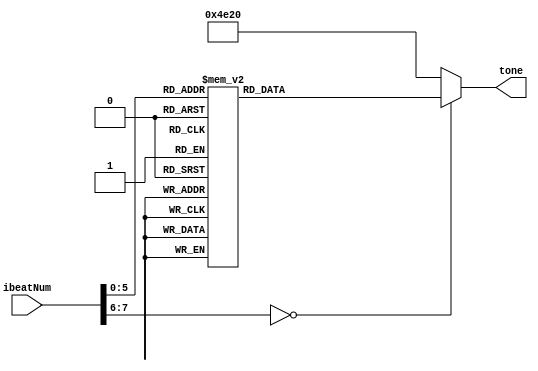

`define NM1 32'd523 //C_freq
`define NM2 32'd587 //D_freq
`define NM3 32'd659 //E_freq
`define NM4 32'd784 //G_freq
`define NM5 32'd880 //A_freq
`define NM6 32'd1046 //HC_freq
`define NM0 32'd20000 //slience (over freq.)

module Music_after (
	input [7:0] ibeatNum,	
	output reg [31:0] tone
);

always @(*) begin
	case (ibeatNum)		// 1/4 beat
		8'd0 : tone = `NM0;	//3
		8'd1 : tone = `NM6;
		8'd2 : tone = `NM6;
		8'd3 : tone = `NM6;
		8'd4 : tone = `NM6;	//1
		8'd5 : tone = `NM6;
		8'd6 : tone = `NM6;
		8'd7 : tone = `NM6;
		8'd8 : tone = `NM6;	//2
		8'd9 : tone = `NM6;
		8'd10 : tone = `NM6;
		8'd11 : tone = `NM6;
		8'd12 : tone = `NM6;	//6-
		8'd13 : tone = `NM6;
		8'd14 : tone = `NM6;
		8'd15 : tone = `NM6;
		
		8'd16 : tone = `NM5;
		8'd17 : tone = `NM5;
		8'd18 : tone = `NM5;
		8'd19 : tone = `NM5;
		8'd20 : tone = `NM5;
		8'd21 : tone = `NM5;
		8'd22 : tone = `NM5;
		8'd23 : tone = `NM5;
		8'd24 : tone = `NM5;
		8'd25 : tone = `NM5;
		8'd26 : tone = `NM5;
		8'd27 : tone = `NM5;
		8'd28 : tone = `NM5;
		8'd29 : tone = `NM5;
		8'd30 : tone = `NM5;
		8'd31 : tone = `NM5;
		
		8'd32 : tone = `NM4;
		8'd33 : tone = `NM4;
		8'd34 : tone = `NM4;
		8'd35 : tone = `NM4;
		8'd36 : tone = `NM4;
		8'd37 : tone = `NM4;
		8'd38 : tone = `NM4;
		8'd39 : tone = `NM4;
		8'd40 : tone = `NM5;
		8'd41 : tone = `NM5;
		8'd42 : tone = `NM5;
		8'd43 : tone = `NM5;
		8'd44 : tone = `NM4;
		8'd45 : tone = `NM4;
		8'd46 : tone = `NM4;
		8'd47 : tone = `NM4;
		
		8'd48 : tone = `NM2;
		8'd49 : tone = `NM2;
		8'd50 : tone = `NM2;
		8'd51 : tone = `NM2;
		8'd52 : tone = `NM3;
		8'd53 : tone = `NM3;
		8'd54 : tone = `NM2;
		8'd55 : tone = `NM2;
		8'd56 : tone = `NM1;
		8'd57 : tone = `NM1;
		8'd58 : tone = `NM1;
		8'd59 : tone = `NM1;
		8'd60 : tone = `NM1;
		8'd61 : tone = `NM1;
		8'd62 : tone = `NM1;
		8'd63 : tone = `NM1;
		default : tone = `NM0;
	endcase
end

endmodule